Civil Veterinary Department. Central Provinces & Berar 1932-41 - 1932-1941
Year: 1932
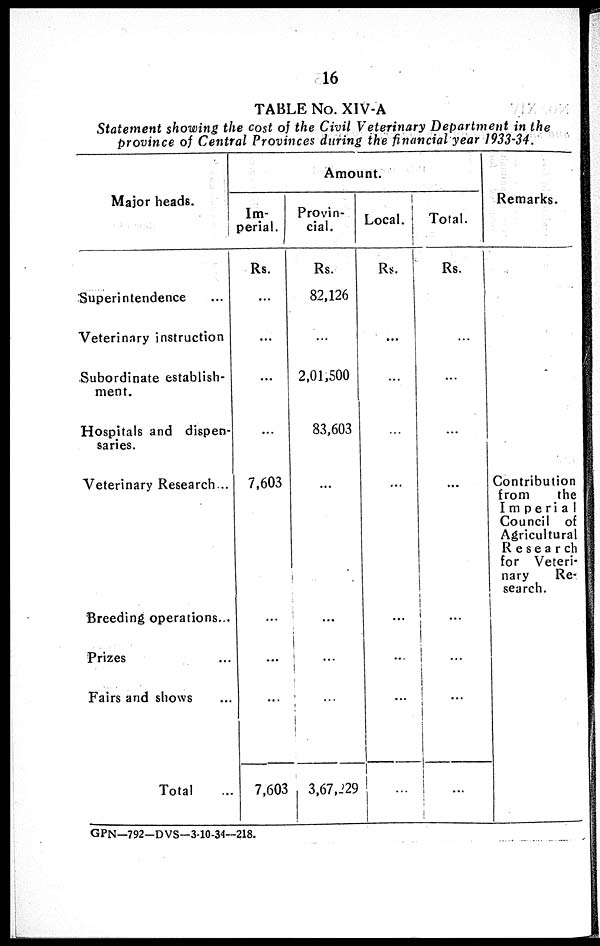
16
TABLE No. XIV-A
Statement showing the cost of the Civil Veterinary Department in the
province of Central Provinces during the financial year 1933-34.
Major
heads.
Superintendence ...
Veterinary instruction
Subordinate establish-
ment.
Hospitals and dispen-
saries.
Veterinary Research ...
Breeding operations...
Prizes ...
Fairs and shows ...
Total ...
Amount.
Im-
perial.
Rs.
...
...
...
...
7,603
...
...
...
7,603
Provin-
cial.
Rs.
82,126
...
2,01,500
83,603
...
...
...
...
3,67,229
Local.
Rs.
...
...
...
...
...
...
...
...
...
Total.
Rs.
...
...
...
...
...
...
...
...
...
Remarks.
Contribution
from
the
Imperial
Council of
Agricultural
Research
for Veteri-
nary
Re-
search.
GPN—792-DVS-3-10-34—218.